Indian Medical Review
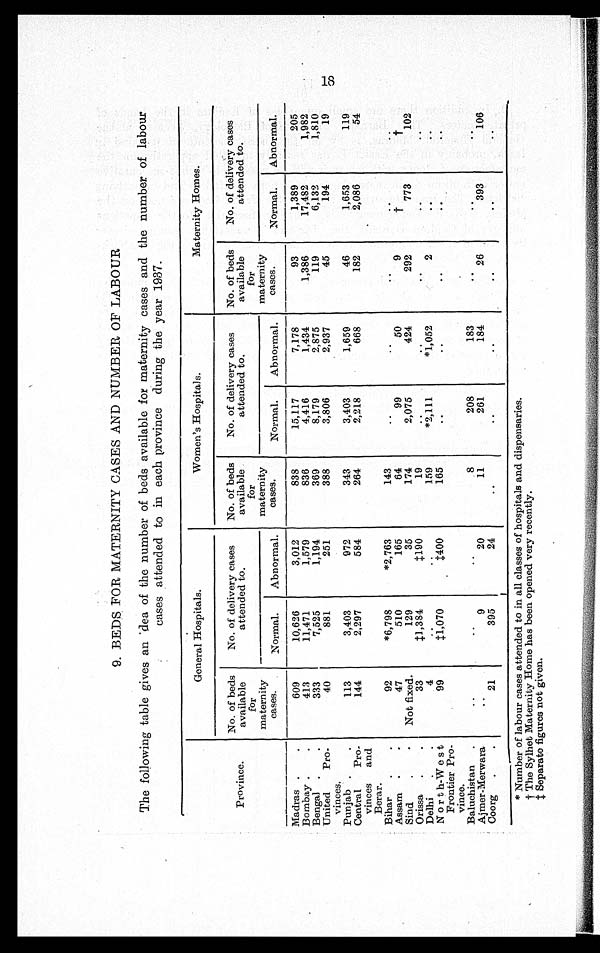
9. BEDS FOR MATERNITY CASES AND NUMBER OF LABOUR
The following table gives an dea of the number of beds available for maternity cases and the number of labour
cases attended to in each province during the year 1937.
Normal.
Abnormal.
Normal.
Abnormal.
Normal.
Abnormal.
Madras
609
10,626
3,012
838
15,117
7,178
93
1,389
205
Bombay
413
11,471
1,579
836
4,416
1,434
1,386
17,482
1,982
Bengal
333
7,525
1,194
369
8,179
2,875
119
6,132
1,810
United Pro
¬ vinces.
40
881
251
388
3,806
2,937
45
194
19
Punjab
113
3,403
972
343
3,403
1,659
46
1,653
119
Central
Pro
¬ vinces and
Berar.
144
2,297
584
264
2,218
668
182
2,086
54
Bihar
92
*6,798
*2,763
143
Assam
47
510
165
64
99
50
9
†
†
Sind
Not fixed.
129
35
174
2,075
424
292
773
102
Orissa
33
‡1,384
‡190
19
Delhi
4
159
*2,111
*1,052
2
North-West
Frontier Pro-
vince.
99
‡1,070
‡400
165
Baluchistan
8
208
183
Ajmer-Merwara
9
20
11
261
184
26
393
106
Coorg
21
395
24
* Number of labour cases attended to in all classes of hospitals and dispensaries.
†The Sylhet Maternity Home has been opened very recently.
‡ Separate figures not given.